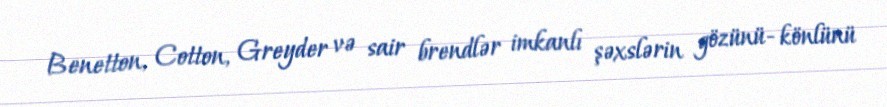
Benetton, Cotton, Greyder və sair brendlər imkanlı şəxslərin gözünü- könlünü